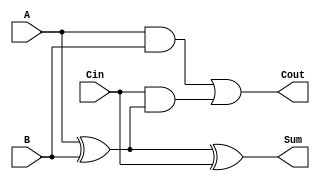
module full_adder (
    input wire A,      // First binary input
    input wire B,      // Second binary input
    input wire Cin,    // Carry-in input
    output wire Sum,   // Sum output
    output wire Cout   // Carry-out output
);

// Internal signals
wire A_xor_B;

// Calculate the Sum output
assign A_xor_B = A ^ B;         // A XOR B
assign Sum = A_xor_B ^ Cin;     // Sum = A XOR B XOR Cin

// Calculate the Carry-out output
assign Cout = (A & B) | (Cin & A_xor_B); // Cout = (A AND B) OR (Cin AND (A XOR B))

endmodule